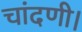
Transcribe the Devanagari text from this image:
चांदणी।